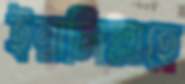
ইন্নালিল্লাহে